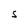
Character: S